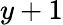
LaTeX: y+1